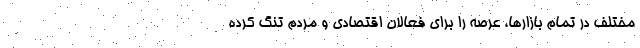
مختلف در تمام بازارها، عرصه را برای فعالان اقتصادی و مردم تنگ کرده